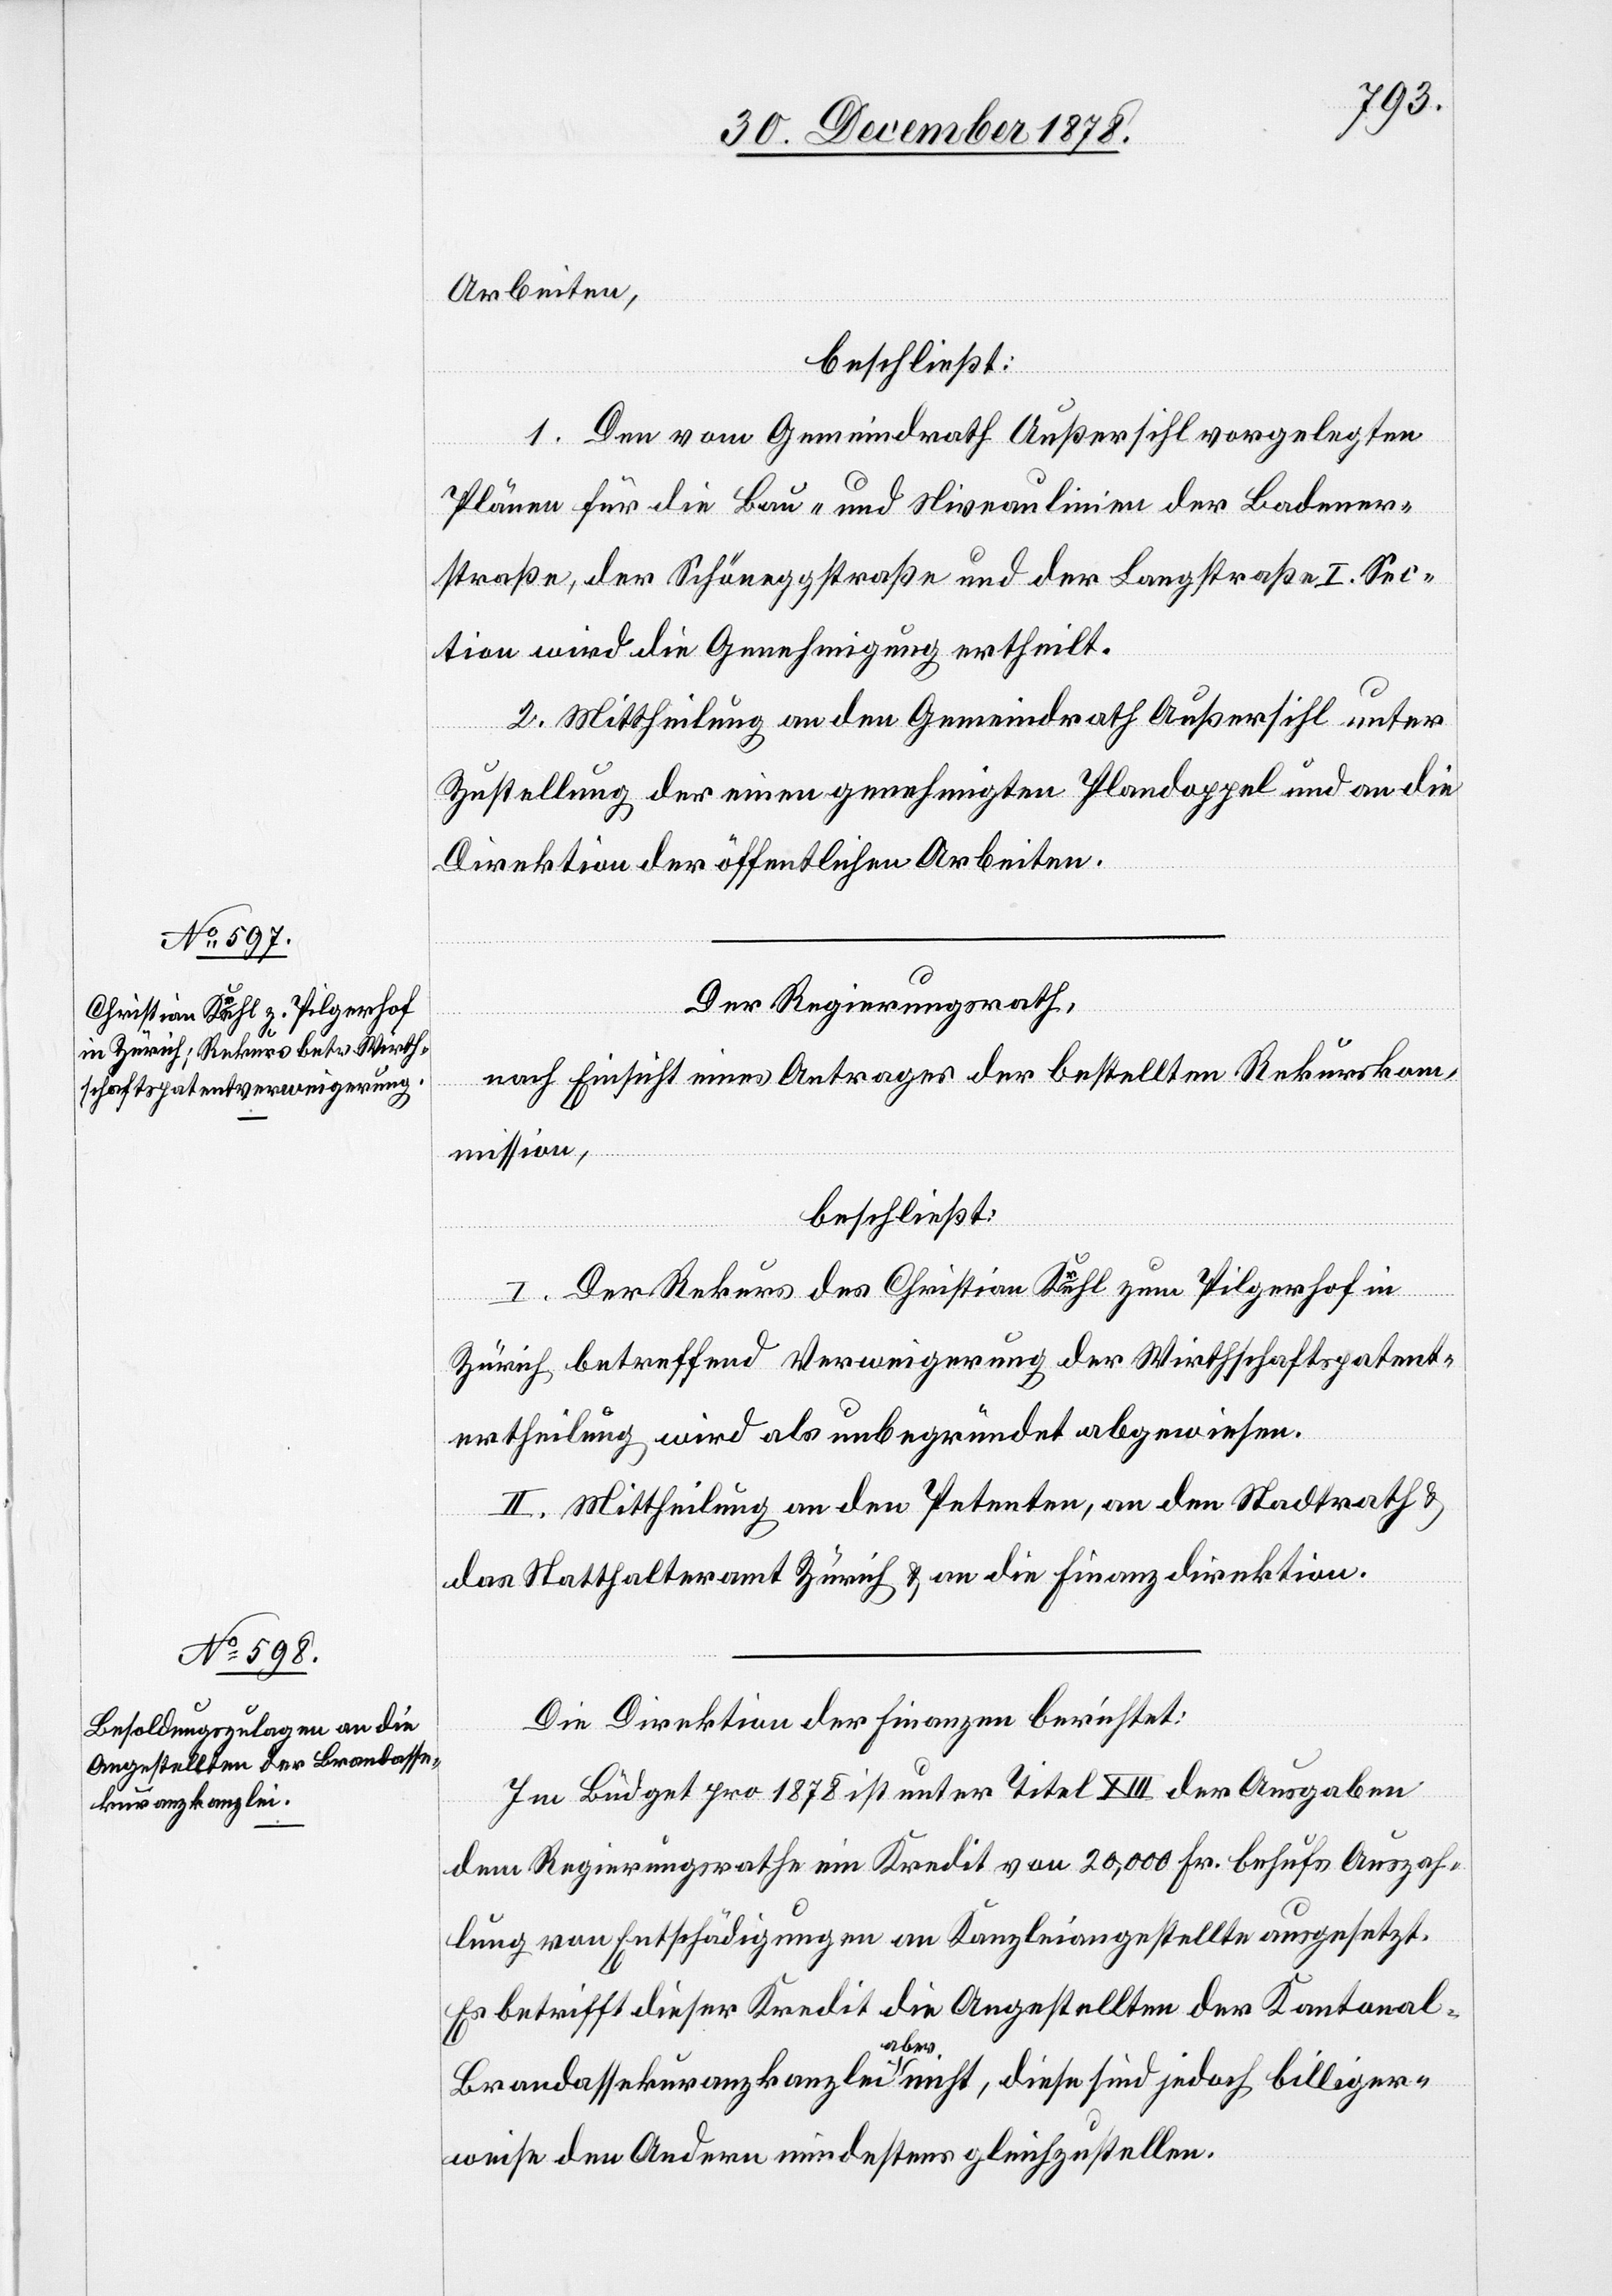
kuranzkanzlei

Arbeiten,
beschließt:
1. Den vom Gemeindrath Außersihl vorgelegten
liger¬
Plänen für die Bau- und Niveaulinien der Badener¬
straße, der Schöneggstraße und der Langstraße I. Sec¬
tion wird die Genehmigung ertheilt.
2. Mittheilung an den Gemeindrath Außersihl unter
Zustellung des einen genehmigten Plandoppel und an die
Direktion der öffentlichen Arbeiten.
Der Regierungsrath,
nach Einsicht eines Antrages der bestellten Rekurskom¬
mission,
beschließt:
I. Der Rekurs des Christian Kühl zum Pilgerhof in
Zürich betreffend Verweigerung der Wirthschaftspatent¬
ertheilung wird als unbegründet abgewiesen.
II. Mittheilung an den Petenten, an den Stadtrath &
bil¬
das Statthalteramt Zürich & an die Finanzdirektion.
Die Direktion der Finanzen berichtet:
Im Büdget pro 1878 ist unter Titel XIII der Ausgaben
dem Regierungsrathe ein Kredit von 20,0000 Fr. behufs Auszah¬
lung von Entschädigungen an Kanzleiangestellten ausgesetzt.
Es betrifft dieser Kredit die Angestellten der Kantonal-B¬
aber
weise den Andern mindestens gleichzustellen.